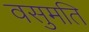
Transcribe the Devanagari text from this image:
वसुमति